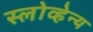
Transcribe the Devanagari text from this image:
स्लोव्हेन्य